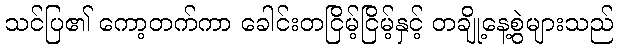
သင်ပြ၏ ကော့တက်ကာ ခေါင်းတငြိမ့်ငြိမ့်နှင့် တချို့နေ့စွဲများသည်